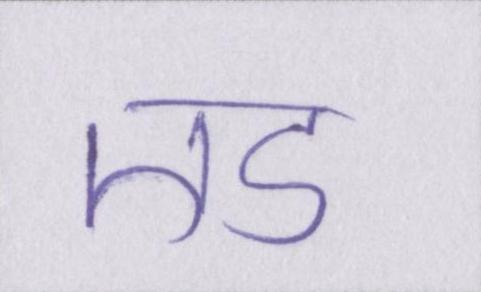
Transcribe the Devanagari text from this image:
एड